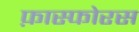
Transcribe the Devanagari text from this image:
फ़ास्फोरस